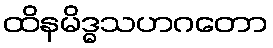
ထိနမိဒ္ဓသဟဂတော